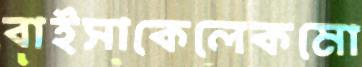
বাইসাকেলেকমো